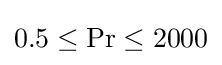
0.5\leq \mathrm {Pr} \leq 2000